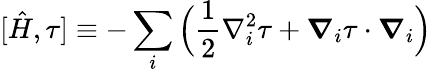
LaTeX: [\hat{H},\tau]\equiv-\sum_{i}\Big(\frac{1}{2}\nabla_{i}^{2}\tau+\boldsymbol{\nabla}_{i}\tau\cdot\boldsymbol{\nabla}_{i}\Big)